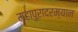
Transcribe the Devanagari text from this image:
महापुरादरम्यान